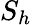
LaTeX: S_{h}